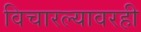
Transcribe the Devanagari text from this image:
विचारल्यावरही